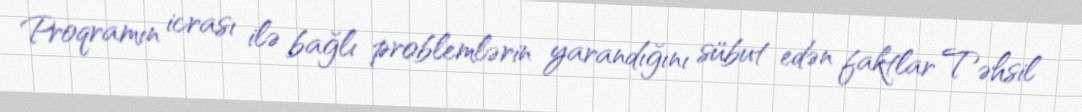
Proqramın icrası ilə bağlı problemlərin yarandığını sübut edən faktlar Təhsil